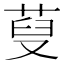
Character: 𦲪